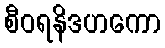
စီဝရနိဒဟကော